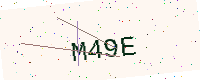
Text: M49E